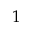
1